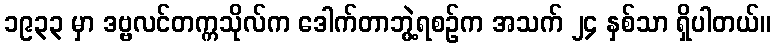
၁၉၃၃ မှာ ဒဗ္ဗလင်တက္ကသိုလ်က ဒေါက်တာဘွဲ့ရစဉ်က အသက် ၂၄ နှစ်သာ ရှိပါတယ်။